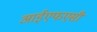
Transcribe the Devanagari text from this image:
आईएफएसी